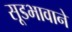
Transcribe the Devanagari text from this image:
सूडभावाने